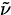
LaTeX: \scriptstyle{\tilde{\nu}}